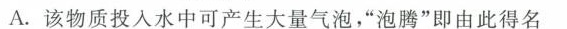
A.该物质投入水中可产生大量气泡，”泡腾”即由此得名